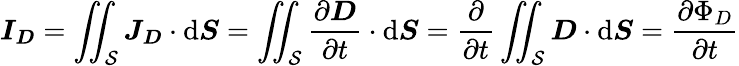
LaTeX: {\boldsymbol{I}}_{\boldsymbol{D}}=\iint_{\mathcal{S}}{\boldsymbol{J}}_{\boldsymbol{D}}\cdot\operatorname{d}\! {\boldsymbol{S}}=\iint_{\mathcal{S}}{\frac{\partial{\boldsymbol{D}}}{\partial t}}\cdot\operatorname{d}\! {\boldsymbol{S}}={\frac{\partial}{\partial t}}\iint_{\mathcal{S}}{\boldsymbol{D}}\cdot\operatorname{d}\! {\boldsymbol{S}}={\frac{\partial\Phi_{D}}{\partial t}}